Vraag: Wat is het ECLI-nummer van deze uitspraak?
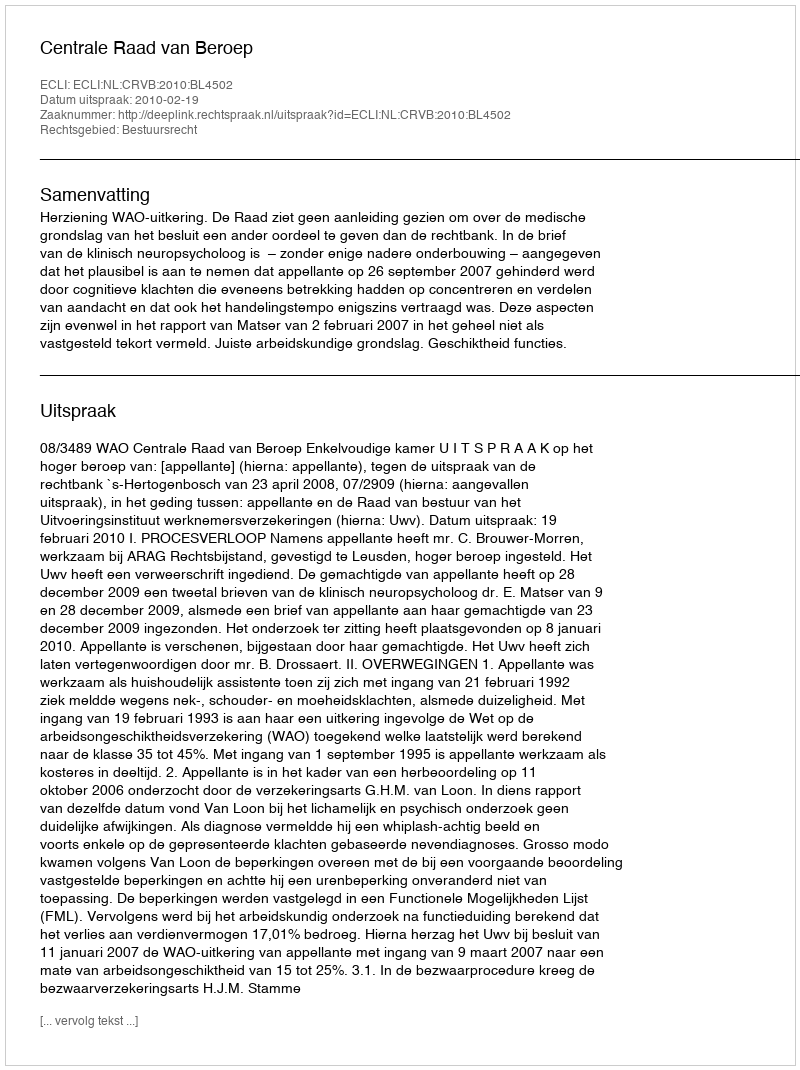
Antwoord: ECLI:NL:CRVB:2010:BL4502